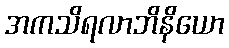
အကသိရလာဘိနိယော